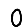
Digit: 0